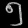
Digit: ၅